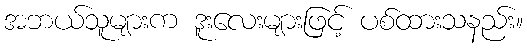
အဘယ်သူများက ဒူးလေးများဖြင့် ပစ်ထားသနည်း။